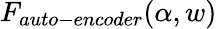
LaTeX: F_{auto-encoder}(\alpha,w)